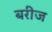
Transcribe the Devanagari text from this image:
बरीज